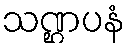
သဏ္ဌပနံ